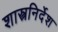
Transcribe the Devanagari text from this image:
शास्त्रनिर्देश